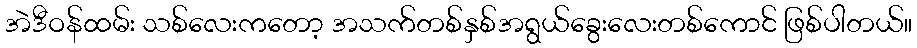
အဲဒီဝန်ထမ်း သစ်လေးကတော့ အသက်တစ်နှစ်အရွယ်ခွေးလေးတစ်ကောင် ဖြစ်ပါတယ်။